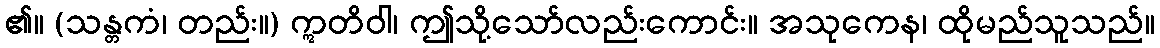
၏။ (သန္တကံ၊ တည်း။) ဣတိဝါ၊ ဤသို့သော်လည်းကောင်း။ အသုကေန၊ ထိုမည်သူသည်။